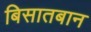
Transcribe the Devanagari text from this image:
बिसातबान